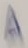
Text: A